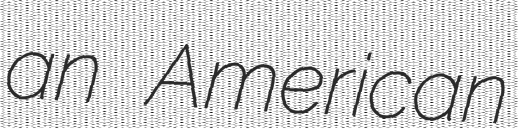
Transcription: an American